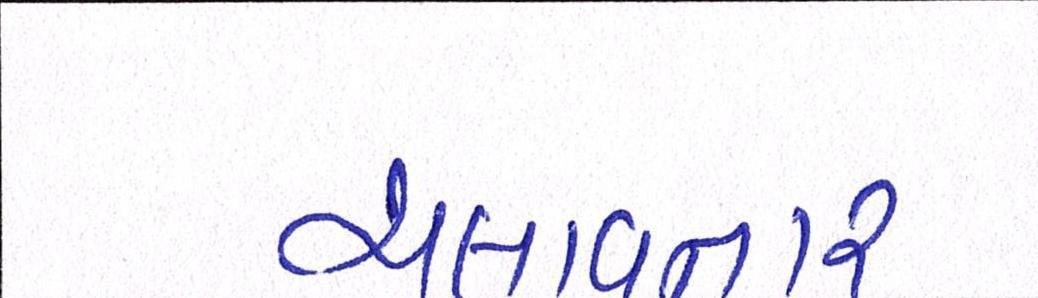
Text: ચલાવનાર